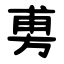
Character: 旉